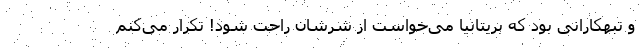
و تبهکارانی بود که بریتانیا می‌خواست از شرشان راحت شود! تکرار می‌کنم